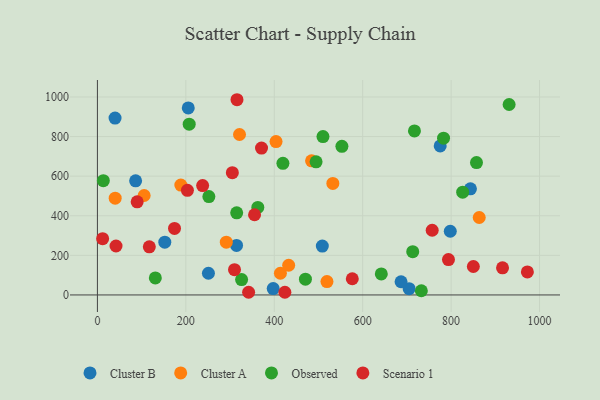
{"axis": {"x": "Study Hours", "y": "Salary"}, "legend": ["Cluster A", "Cluster B", "Observed", "Scenario 1"], "data": [{"x": "152.4", "y": 266.4, "type": "Cluster B"}, {"x": "251.1", "y": 109.7, "type": "Cluster B"}, {"x": "775.3", "y": 752.8, "type": "Cluster B"}, {"x": "314.7", "y": 250.3, "type": "Cluster B"}, {"x": "397.6", "y": 32.2, "type": "Cluster B"}, {"x": "705.0", "y": 31.8, "type": "Cluster B"}, {"x": "205.5", "y": 944.9, "type": "Cluster B"}, {"x": "86.4", "y": 576.4, "type": "Cluster B"}, {"x": "39.9", "y": 893.5, "type": "Cluster B"}, {"x": "508.7", "y": 247.1, "type": "Cluster B"}, {"x": "798.1", "y": 321.8, "type": "Cluster B"}, {"x": "843.7", "y": 536.2, "type": "Cluster B"}, {"x": "686.8", "y": 66.6, "type": "Cluster B"}, {"x": "188.7", "y": 554.8, "type": "Cluster A"}, {"x": "321.4", "y": 810.5, "type": "Cluster A"}, {"x": "484.4", "y": 677.4, "type": "Cluster A"}, {"x": "413.9", "y": 109.7, "type": "Cluster A"}, {"x": "532.5", "y": 563.4, "type": "Cluster A"}, {"x": "404.0", "y": 774.7, "type": "Cluster A"}, {"x": "432.6", "y": 150.1, "type": "Cluster A"}, {"x": "291.5", "y": 266.6, "type": "Cluster A"}, {"x": "863.6", "y": 391.1, "type": "Cluster A"}, {"x": "105.7", "y": 502.3, "type": "Cluster A"}, {"x": "519.2", "y": 67.4, "type": "Cluster A"}, {"x": "40.2", "y": 488.6, "type": "Cluster A"}, {"x": "362.8", "y": 442.3, "type": "Observed"}, {"x": "642.1", "y": 106.1, "type": "Observed"}, {"x": "494.6", "y": 672.6, "type": "Observed"}, {"x": "13.4", "y": 577.3, "type": "Observed"}, {"x": "857.4", "y": 668.7, "type": "Observed"}, {"x": "419.6", "y": 664.7, "type": "Observed"}, {"x": "470.5", "y": 79.7, "type": "Observed"}, {"x": "252.1", "y": 496.9, "type": "Observed"}, {"x": "717.1", "y": 828.4, "type": "Observed"}, {"x": "553.0", "y": 750.8, "type": "Observed"}, {"x": "931.2", "y": 962.0, "type": "Observed"}, {"x": "207.6", "y": 862.8, "type": "Observed"}, {"x": "732.7", "y": 21.2, "type": "Observed"}, {"x": "510.2", "y": 800.0, "type": "Observed"}, {"x": "315.0", "y": 415.0, "type": "Observed"}, {"x": "713.2", "y": 218.6, "type": "Observed"}, {"x": "782.9", "y": 791.8, "type": "Observed"}, {"x": "826.2", "y": 518.9, "type": "Observed"}, {"x": "131.0", "y": 86.0, "type": "Observed"}, {"x": "326.1", "y": 77.8, "type": "Observed"}, {"x": "424.0", "y": 13.5, "type": "Scenario 1"}, {"x": "238.0", "y": 552.6, "type": "Scenario 1"}, {"x": "203.6", "y": 528.6, "type": "Scenario 1"}, {"x": "342.0", "y": 13.6, "type": "Scenario 1"}, {"x": "355.4", "y": 405.0, "type": "Scenario 1"}, {"x": "850.3", "y": 143.8, "type": "Scenario 1"}, {"x": "315.7", "y": 986.1, "type": "Scenario 1"}, {"x": "42.1", "y": 247.3, "type": "Scenario 1"}, {"x": "117.4", "y": 243.3, "type": "Scenario 1"}, {"x": "305.2", "y": 617.7, "type": "Scenario 1"}, {"x": "310.1", "y": 127.9, "type": "Scenario 1"}, {"x": "174.4", "y": 336.1, "type": "Scenario 1"}, {"x": "972.5", "y": 116.1, "type": "Scenario 1"}, {"x": "916.3", "y": 137.1, "type": "Scenario 1"}, {"x": "11.8", "y": 284.4, "type": "Scenario 1"}, {"x": "794.0", "y": 178.5, "type": "Scenario 1"}, {"x": "89.9", "y": 470.4, "type": "Scenario 1"}, {"x": "576.5", "y": 81.8, "type": "Scenario 1"}, {"x": "371.2", "y": 741.9, "type": "Scenario 1"}, {"x": "757.2", "y": 326.9, "type": "Scenario 1"}]}